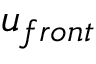
u _ { f r o n t }